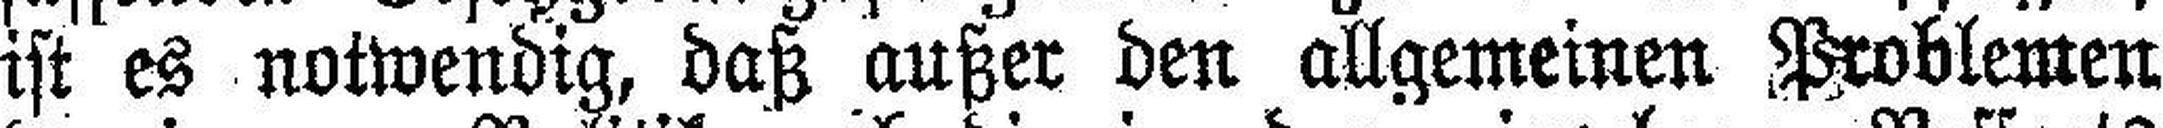
ist es notwendig, daß außer den allgemeinen Problemen